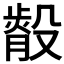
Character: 𭮿